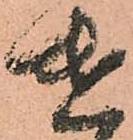
遣